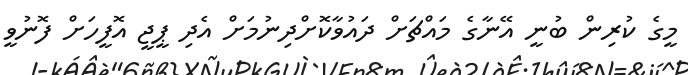
މީގެ ކުރިން ބުނީ އޭނާގެ މައްޗަށް ދައުވާކޮށްދިނުމަށް އެދި ޕީޖީ އޮފީހަށް ފޮނުވީ